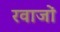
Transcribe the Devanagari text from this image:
रवाजों